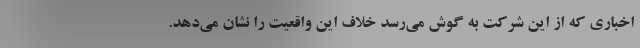
اخباری که از این شرکت به گوش می‌رسد خلاف این واقعیت را نشان می‌دهد.